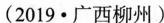
(2019·广西柳州)